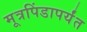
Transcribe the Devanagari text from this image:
मूत्रपिंडापर्यंत